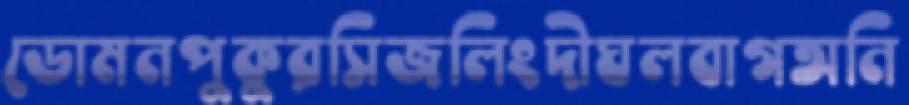
ডোমনপুকুরসিজলিংদীঘলবাগঅনি